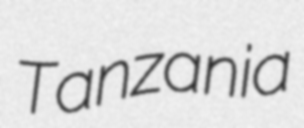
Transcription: Tanzania